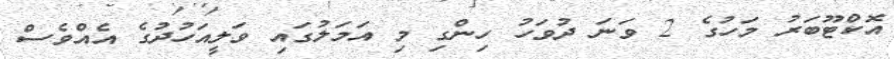
އޮކްޓޫބަރު މަހުގެ 2 ވަނަ ދުވަހު ހިންގި މި އަމަލުގައި ވަލީއަހުދުގެ އެއްވެސް